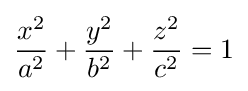
{x^{2} \over a^{2}}+{y^{2} \over b^{2}}+{z^{2} \over c^{2}}=1